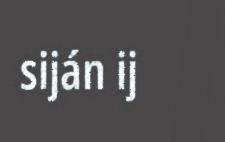
siján ij